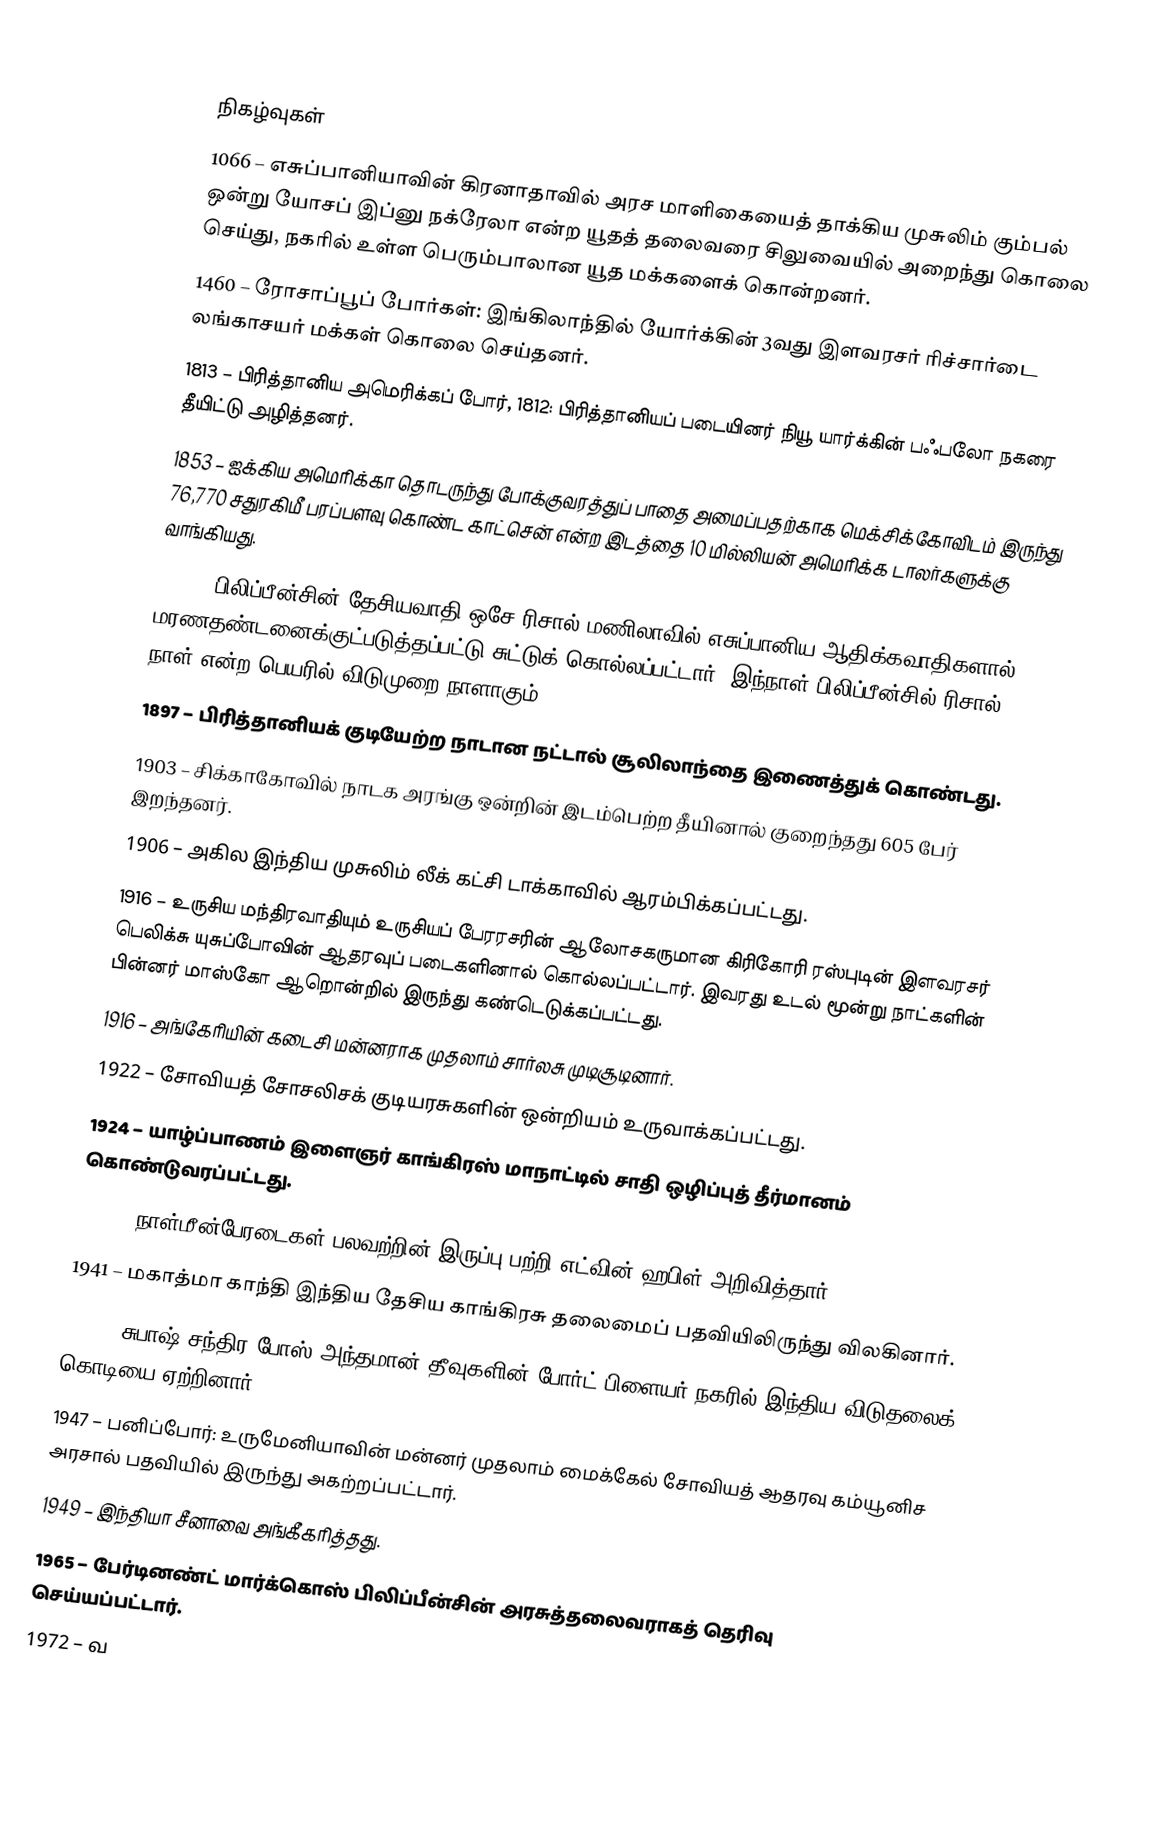

நிகழ்வுகள்
1066 – எசுப்பானியாவின் கிரனாதாவில் அரச மாளிகையைத் தாக்கிய முசுலிம் கும்பல் ஒன்று யோசப் இப்னு நக்ரேலா என்ற யூதத் தலைவரை சிலுவையில் அறைந்து கொலை செய்து, நகரில் உள்ள பெரும்பாலான யூத மக்களைக் கொன்றனர்.
1460 – ரோசாப்பூப் போர்கள்: இங்கிலாந்தில் யோர்க்கின் 3வது இளவரசர் ரிச்சார்டை லங்காசயர் மக்கள் கொலை செய்தனர்.
1813 – பிரித்தானிய அமெரிக்கப் போர், 1812: பிரித்தானியப் படையினர் நியூ யார்க்கின் பஃபலோ நகரை தீயிட்டு அழித்தனர்.
1853 – ஐக்கிய அமெரிக்கா தொடருந்து போக்குவரத்துப் பாதை அமைப்பதற்காக மெக்சிக்கோவிடம் இருந்து 76,770 சதுரகிமீ பரப்பளவு கொண்ட காட்சென் என்ற இடத்தை 10 மில்லியன் அமெரிக்க டாலர்களுக்கு வாங்கியது.
1896 – பிலிப்பீன்சின் தேசியவாதி ஒசே ரிசால் மணிலாவில் எசுப்பானிய ஆதிக்கவாதிகளால் மரணதண்டனைக்குட்படுத்தப்பட்டு சுட்டுக் கொல்லப்பட்டார். இந்நாள் பிலிப்பீன்சில் ரிசால் நாள் என்ற பெயரில் விடுமுறை நாளாகும்.
1897 – பிரித்தானியக் குடியேற்ற நாடான நட்டால் சூலிலாந்தை இணைத்துக் கொண்டது.
1903 – சிக்காகோவில் நாடக அரங்கு ஒன்றின் இடம்பெற்ற தீயினால் குறைந்தது 605 பேர் இறந்தனர்.
1906 – அகில இந்திய முசுலிம் லீக் கட்சி டாக்காவில் ஆரம்பிக்கப்பட்டது.
1916 – உருசிய மந்திரவாதியும் உருசியப் பேரரசரின் ஆலோசகருமான கிரிகோரி ரஸ்புடின் இளவரசர் பெலிக்சு யுசுப்போவின் ஆதரவுப் படைகளினால் கொல்லப்பட்டார். இவரது உடல் மூன்று நாட்களின் பின்னர் மாஸ்கோ ஆறொன்றில் இருந்து கண்டெடுக்கப்பட்டது.
1916 – அங்கேரியின் கடைசி மன்னராக முதலாம் சார்லசு முடிசூடினார்.
1922 – சோவியத் சோசலிசக் குடியரசுகளின் ஒன்றியம் உருவாக்கப்பட்டது.
1924 – யாழ்ப்பாணம் இளைஞர் காங்கிரஸ் மாநாட்டில் சாதி ஒழிப்புத் தீர்மானம் கொண்டுவரப்பட்டது.
1924 – நாள்மீன்பேரடைகள் பலவற்றின் இருப்பு பற்றி எட்வின் ஹபிள் அறிவித்தார்.
1941 – மகாத்மா காந்தி இந்திய தேசிய காங்கிரசு தலைமைப் பதவியிலிருந்து விலகினார்.
1943 – சுபாஷ் சந்திர போஸ் அந்தமான் தீவுகளின் போர்ட் பிளையர் நகரில் இந்திய விடுதலைக் கொடியை ஏற்றினார்.
1947 – பனிப்போர்: உருமேனியாவின் மன்னர் முதலாம் மைக்கேல் சோவியத் ஆதரவு கம்யூனிச அரசால் பதவியில் இருந்து அகற்றப்பட்டார்.
1949 – இந்தியா சீனாவை அங்கீகரித்தது.
1965 – பேர்டினண்ட் மார்க்கொஸ் பிலிப்பீன்சின் அரசுத்தலைவராகத் தெரிவு செய்யப்பட்டார்.
1972 – வ